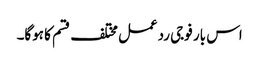
اس بار فوجی ردعمل مختلف قسم کا ہوگا۔